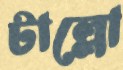
টাল্লো